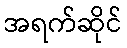
အရက်ဆိုင်